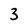
Character: 3